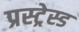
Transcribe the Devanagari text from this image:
प्रस्ट्रेस्ड